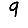
Digit: 9